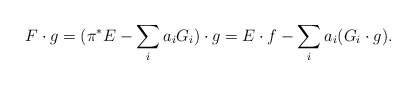
\begin{align*}F \cdot g = (\pi^\ast E - \sum_i a_i G_i) \cdot g = E \cdot f - \sum_i a_i (G_i \cdot g).\end{align*}